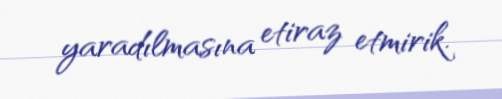
yaradılmasına etiraz etmirik.